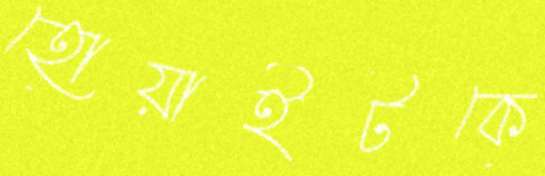
হোয়াইটকে